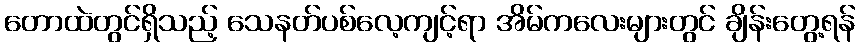
တောထဲတွင်ရှိသည့် သေနတ်ပစ်လေ့ကျင့်ရာ အိမ်ကလေးများတွင် ချိန်းတွေ့ရန်